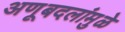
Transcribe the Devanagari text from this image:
अणूबदलांमुळे